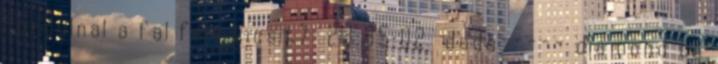
fordulnal a fal fele kicsit? 23:35:02 dodo----- diamond te